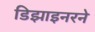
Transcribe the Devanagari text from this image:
डिझाइनरने